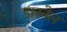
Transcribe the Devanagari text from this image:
डारनेल